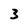
Character: 3